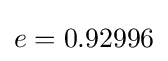
e=0.92996